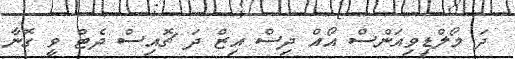
ދަ މޯލްޑިވިއަންސް އޯއް ދިސް އިޒް ދަ ޗޮއިސް ދެޓް ވީ ގޮނާ